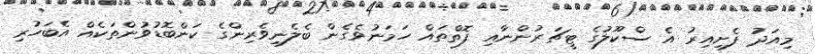
މިއަދު ފެށިއިރު އެ ސްކޫލުގެ ޓީޗަރުންނާއި ފޮތްތައް ހަމަނުވެގެން ބެލެނިވެރިންގެ ކަންބޮޑުވުންތަކެއް އެބަހުރި